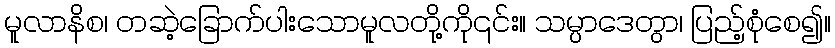
မူလာနိစ၊ တဆဲ့ခြောက်ပါးသောမူလတို့ကို၎င်း။ သမ္ပာဒေတွာ၊ ပြည့်စုံစေ၍။